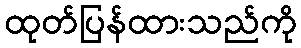
ထုတ်ပြန်ထားသည်ကို